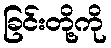
ခြင်းတို့ကို